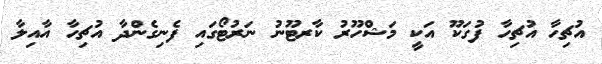
އުޗިހާ އުޗިހާ ފުގަކޫ އަކީ މަޝްހޫރު ކާރޓޫނު ނަރުޓޯގައި ފެނިގެންދާ އުޗިހާ އާއިލާ